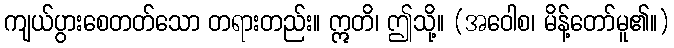
ကျယ်ပွားစေတတ်သော တရားတည်း။ ဣတိ၊ ဤသို့။ (အဝေါစ၊ မိန့်တော်မူ၏။)